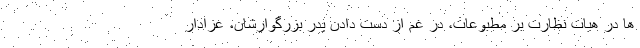
ها در هیات نظارت بر مطبوعات، در غم از دست دادن پدر بزرگوارشان، عزادار